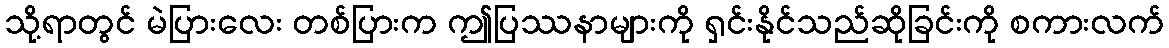
သို့ရာတွင် မဲပြားလေး တစ်ပြားက ဤပြဿနာများကို ရှင်းနိုင်သည်ဆိုခြင်းကို စကားလက်